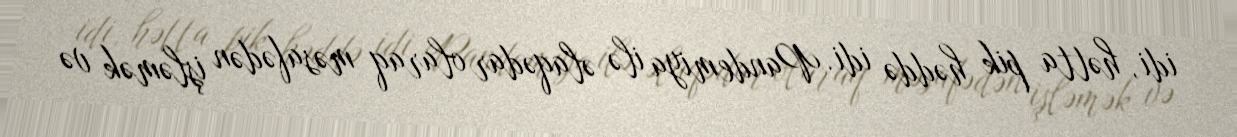
idi, hətta pik həddə idi. Pandemiya ilə əlaqədar olaraq məsafədən işləmək və